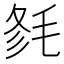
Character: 𣭫